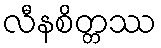
လီနစိတ္တဿ